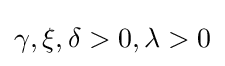
\gamma ,\xi ,\delta >0,\lambda >0